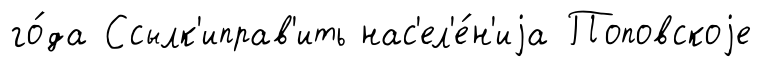
го́да Ссылк'иправ'ить нас'ел'е́н'иjа Поповскоjе